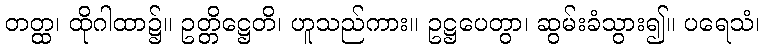
တတ္ထ၊ ထိုဂါထာ၌။ ဥတ္တိဋ္ဌေတိ၊ ဟူသည်ကား။ ဥဋ္ဌပေတွာ၊ ဆွမ်းခံသွား၍။ ပရေသံ၊